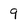
Character: 9